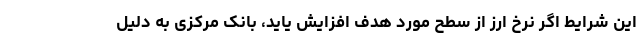
این شرایط اگر نرخ ارز از سطح مورد هدف افزایش یاید، بانک مرکزی به دلیل